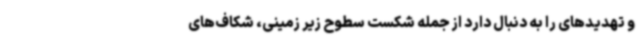
و تهدیدهای را به دنبال دارد از جمله شکست سطوح زیر زمینی، شکاف‌های